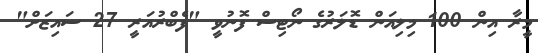
މީރާ އިން 100 މިލިއަން ޑޮލަރުގެ ނޯޓިސް ފޮނުވީ "ފެބްރުއަރީ 27 ސައިޒަށް"